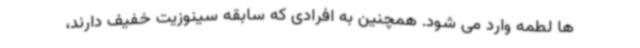
ها لطمه وارد می شود. همچنین به افرادی که سابقه سینوزیت خفیف دارند،